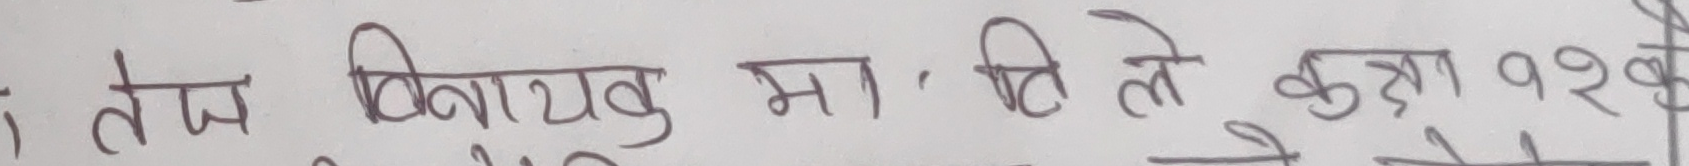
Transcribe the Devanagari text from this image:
तेज विनायक मा. ति ले कक्षा १२ को